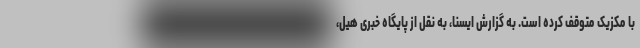
با مکزیک متوقف کرده است. به گزارش ایسنا، به نقل از پایگاه خبری هیل،